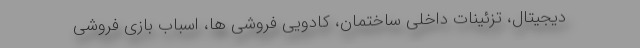
دیجیتال، تزئینات داخلی ساختمان، کادویی فروشی ها، اسباب بازی فروشی